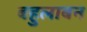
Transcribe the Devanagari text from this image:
बहुलाबन